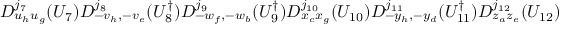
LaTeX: D _ { u _ { h } u _ { g } } ^ { j _ { 7 } } ( U _ { 7 } ) D _ { - v _ { h } , - v _ { e } } ^ { j _ { 8 } } ( U _ { 8 } ^ { \dagger } ) D _ { - w _ { f } , - w _ { b } } ^ { j _ { 9 } } ( U _ { 9 } ^ { \dagger } ) D _ { x _ { c } x _ { g } } ^ { j _ { 1 0 } } ( U _ { 1 0 } ) D _ { - y _ { h } , - y _ { d } } ^ { j _ { 1 1 } } ( U _ { 1 1 } ^ { \dagger } ) D _ { z _ { a } z _ { e } } ^ { j _ { 1 2 } } ( U _ { 1 2 } )